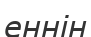
еннін